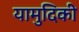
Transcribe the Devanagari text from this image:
यामुदिकी